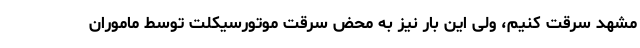
مشهد سرقت کنیم، ولی این بار نیز به محض سرقت موتورسیکلت توسط ماموران